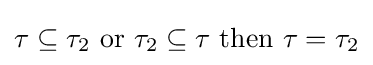
\tau \subseteq \tau _{2}{\text{ or }}\tau _{2}\subseteq \tau {\text{ then }}\tau =\tau _{2}